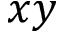
x y